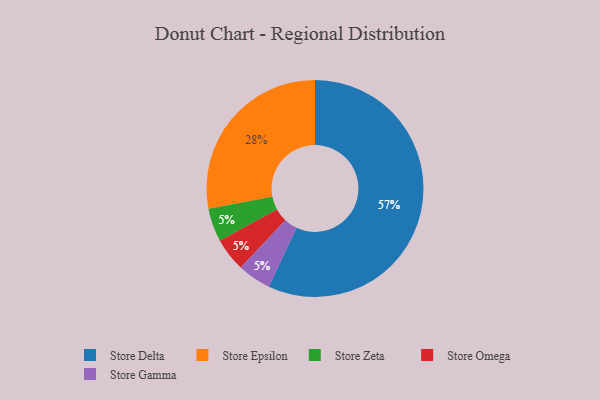
{"axis": {"x": "Category", "y": "Percentage"}, "legend": ["Store Delta", "Store Epsilon", "Store Gamma", "Store Omega", "Store Zeta"], "data": [{"x": "Store Epsilon", "y": 28, "type": "Store Epsilon"}, {"x": "Store Zeta", "y": 5, "type": "Store Zeta"}, {"x": "Store Omega", "y": 5, "type": "Store Omega"}, {"x": "Store Gamma", "y": 5, "type": "Store Gamma"}, {"x": "Store Delta", "y": 57, "type": "Store Delta"}]}